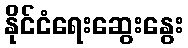
နိုင်ငံရေးဆွေးနွေး